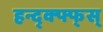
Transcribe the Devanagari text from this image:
हन्द्क्फ्फ्स्